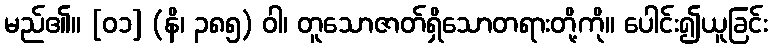
မည်၏။ [၀၁] (နိ၊ ၃၈၅) ဝါ၊ တူသောဇာတ်ရှိသောတရားတို့ကို။ ပေါင်း၍ယူခြင်း